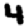
Digit: 4